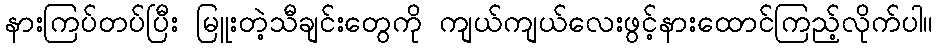
နားကြပ်တပ်ပြီး မြူးတဲ့သီချင်းတွေကို ကျယ်ကျယ်လေးဖွင့်နားထောင်ကြည့်လိုက်ပါ။